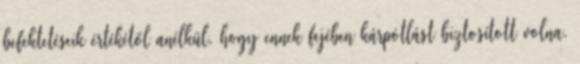
befektetéseik értékétől anélkül, hogy ennek fejében kárpótlást biztosított volna.